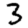
Digit: 3